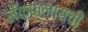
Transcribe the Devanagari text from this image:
मॅकफ्लायची